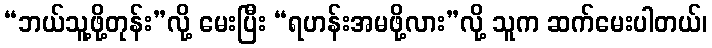
“ဘယ်သူ့ဖို့တုန်း”လို့ မေးပြီး “ရဟန်းအမဖို့လား”လို့ သူက ဆက်မေးပါတယ်၊